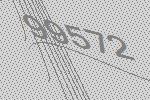
99572